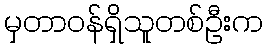
မှတာဝန်ရှိသူတစ်ဦးက